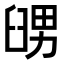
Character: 𦥶